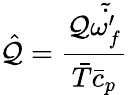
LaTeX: \hat{\mathcal{Q}}=\frac{\mathcal{Q}\tilde{\dot{\omega_{f}^{\prime}}}}{\bar{T}\bar{c}_{p}}